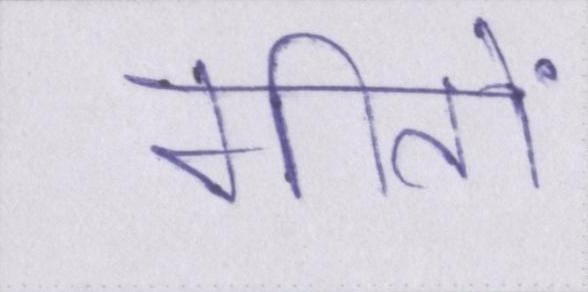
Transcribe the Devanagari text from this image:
गीतों